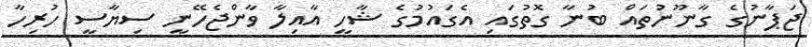
ޖަޕާނުގެ ގާނޫނުތައް ބުނާ ގޮތުގައި އެގައުމުގެ ޝާހީ އާއިލާ ވާންޖެހޭނީ ސިޔާސީ ހުރިހާ